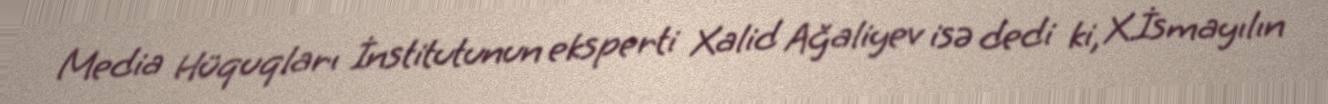
Media Hüquqları İnstitutunun eksperti Xalid Ağaliyev isə dedi ki, X.İsmayılın